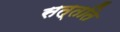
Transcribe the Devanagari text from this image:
सत्तति